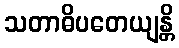
သတာဓိပတေယျန္တိ